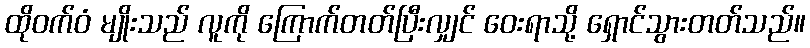
ထိုဝက်ဝံ မျိုးသည် လူကို ကြောက်တတ်ပြီးလျှင် ဝေးရာသို့ ရှောင်သွားတတ်သည်။